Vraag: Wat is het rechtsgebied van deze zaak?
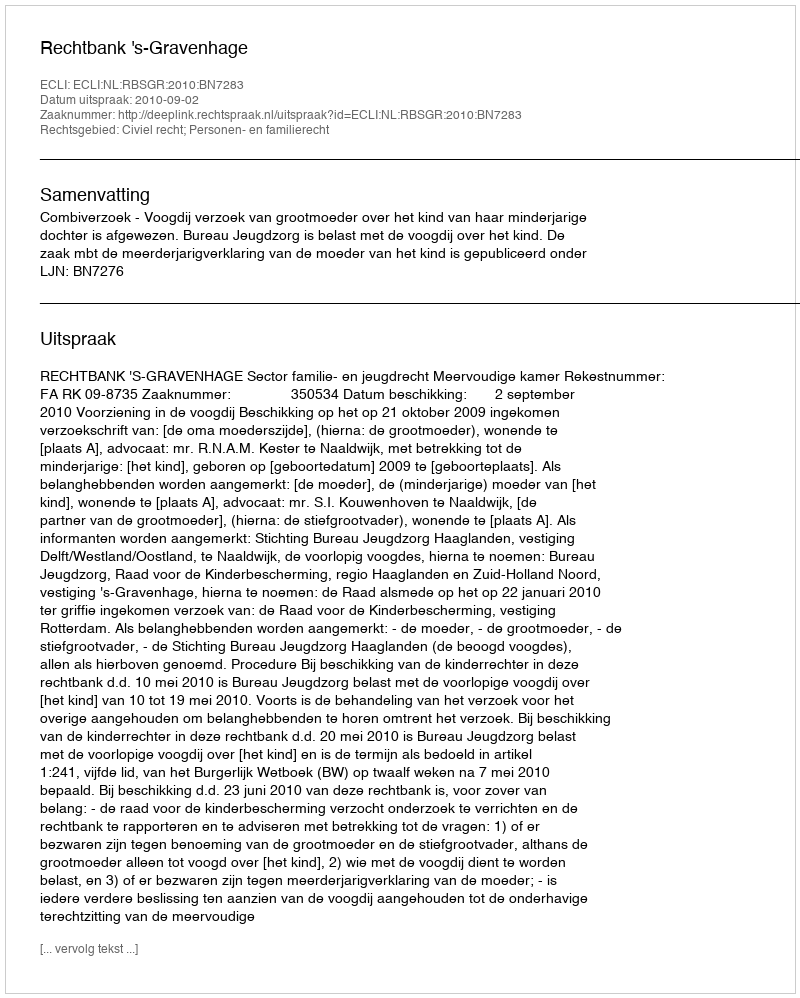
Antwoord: Civiel recht; Personen- en familierecht